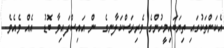
އެކަންތަކުގައި ތިޔަބައިމީހުންގެ ވެރިރަސްކަލާނގެ  ން އައިސްފައިވާ ބޮޑު  އެއް ވެއެވެ.